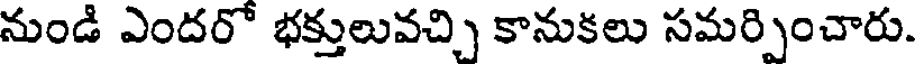
నుండి ఎందరో భక్తులువచ్చి కానుకలు సమర్పించారు.